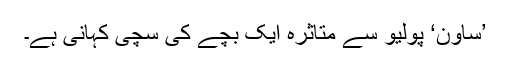
’ساون‘ پولیو سے متاثرہ ایک بچے کی سچی کہانی ہے۔